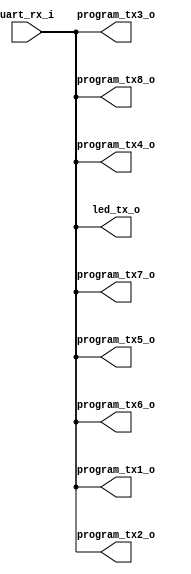
module prog_uart(
    input uart_rx_i, // USB rx
    output program_tx1_o, // K17 pmod header'dan cikan 1. programlama cikis tx portu
    output program_tx2_o, // L17 pmod header'dan cikan 2. programlama cikis tx portu
    output program_tx3_o, // M18 pmod header'dan cikan 3. programlama cikis tx portu
    output program_tx4_o, // M19 pmod header'dan cikan 4. programlama cikis tx portu
    output program_tx5_o, // N17 pmod header'dan cikan 5. programlama cikis tx portu
    output program_tx6_o, // P17 pmod header'dan cikan 6. programlama cikis tx portu
    output program_tx7_o, // P18 pmod header'dan cikan 7. programlama cikis tx portu
    output program_tx8_o, // R18 pmod header'dan cikan 8. programlama cikis tx portu
    output led_tx_o // tx'e bagli led, programlanirken hizli hizli yanip sonuyor
);
    
    assign program_tx1_o = uart_rx_i;
    assign program_tx2_o = uart_rx_i;
    assign program_tx3_o = uart_rx_i;
    assign program_tx4_o = uart_rx_i;
    assign program_tx5_o = uart_rx_i;
    assign program_tx6_o = uart_rx_i;
    assign program_tx7_o = uart_rx_i;
    assign program_tx8_o = uart_rx_i;
    assign led_tx_o = program_tx1_o;
endmodule